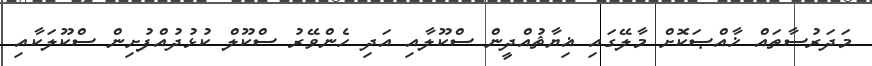
މަދަރުސާތައް ޚާއްޞަކޮށް މާލޭގައި ޣިޔާޘުއްދީން ސްކޫލާއި އަދި ހެންވޭރު ސްކޫލް ކުޅުދުއްފުށިން ސްކޫލަކާއި